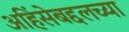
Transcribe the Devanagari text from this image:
अहिंसेबद्दलच्या